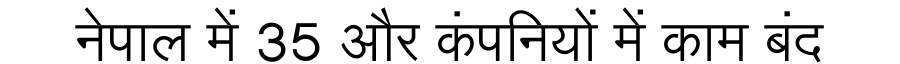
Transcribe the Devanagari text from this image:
नेपाल में 35 और कंपनियों में काम बंद